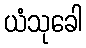
ယံသုခေါ